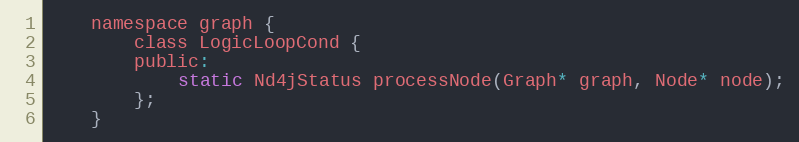
Language: C
    namespace graph {
        class LogicLoopCond {
        public:
            static Nd4jStatus processNode(Graph* graph, Node* node);
        };
    }